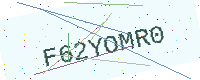
Text: F62YOMR0